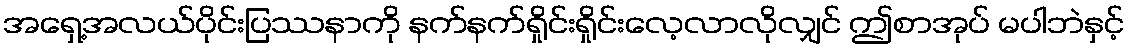
အရှေ့အလယ်ပိုင်းပြဿနာကို နက်နက်ရှိုင်းရှိုင်းလေ့လာလိုလျှင် ဤစာအုပ် မပါဘဲနှင့်